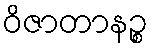
ဝိဇာတာနဉ္စ